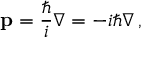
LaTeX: \mathbf { p } = { \frac { \hbar } { i } } \nabla = - i \hbar \nabla \, ,